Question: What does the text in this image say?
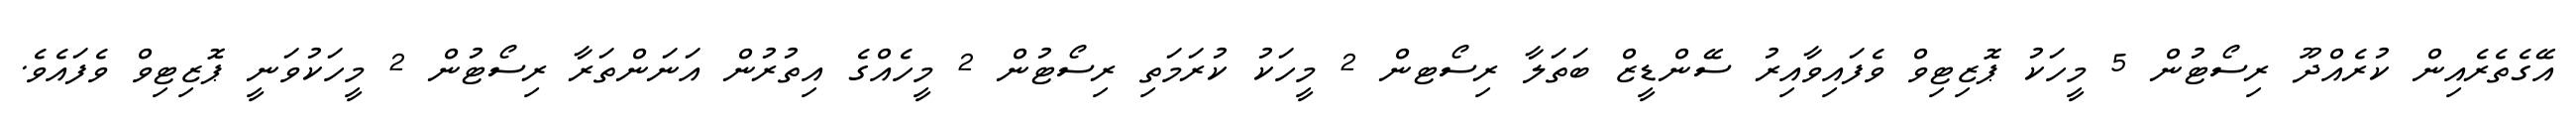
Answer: އޭގެތެރެއިން ކުރެއްދޫ ރިސޯޓުން 5 މީހަކު ޕޮޒިޓިވް ވެފައިވާއިރު ސޭންޑީޒް ބަތަލާ ރިސޯޓން 2 މީހަކު ކުރަމަތި ރިސޯޓުން 2 މީހެއްގެ އިތުރުން އަނަންތަރާ ރިސޯޓުން 2 މީހަކުވަނީ ޕޮޒިޓިވް ވެފައެވެ.